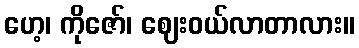
ဟေ့၊ ကိုဇော်၊ ဈေးဝယ်လာတာလား။